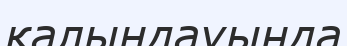
қалыңдауында